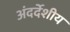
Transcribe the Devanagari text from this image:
अंदर्देशीय